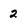
Character: 2